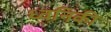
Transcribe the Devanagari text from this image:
ध्‍वनिकी